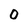
Character: 0